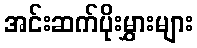
အင်းဆက်ပိုးမွှားများ